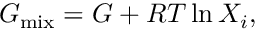
G _ { \mathrm { m i x } } = G + { \cal R } T \ln { X _ { i } } ,